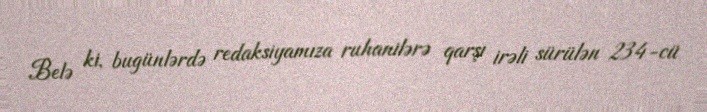
Belə ki, bugünlərdə redaksiyamıza ruhanilərə qarşı irəli sürülən 234-cü